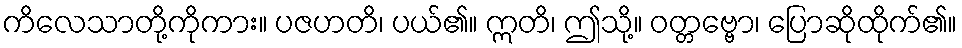
ကိလေသာတို့ကိုကား။ ပဇဟတိ၊ ပယ်၏။ ဣတိ၊ ဤသို့။ ဝတ္တဗ္ဗော၊ ပြောဆိုထိုက်၏။